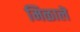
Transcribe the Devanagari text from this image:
मिळालॆ